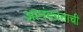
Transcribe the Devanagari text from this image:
आनंदवनाची